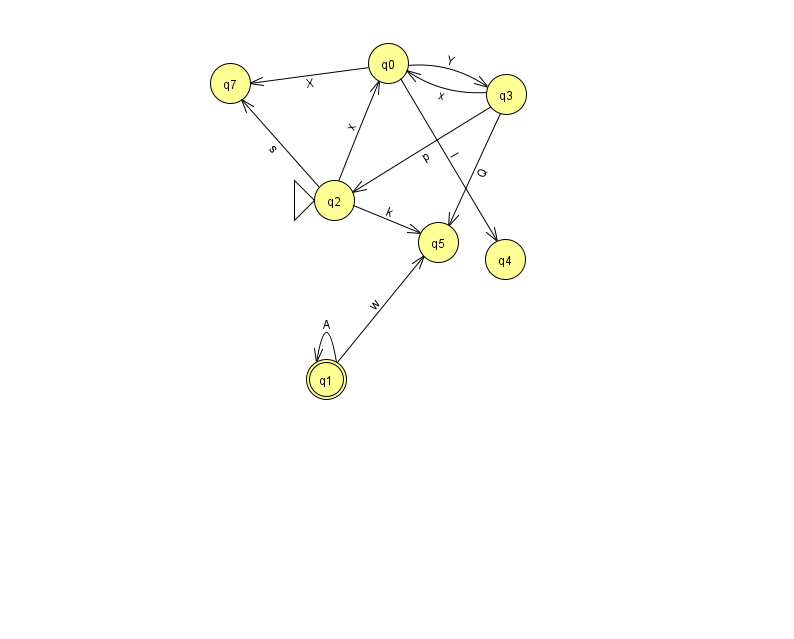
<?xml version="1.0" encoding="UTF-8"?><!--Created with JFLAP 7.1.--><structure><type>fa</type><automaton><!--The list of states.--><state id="0" name="q0"><x>388.0</x><y>50.0</y></state><state id="1" name="q1"><x>326.0</x><y>366.0</y><final/></state><state id="2" name="q2"><x>334.0</x><y>187.0</y><initial/></state><state id="3" name="q3"><x>506.0</x><y>81.0</y></state><state id="4" name="q4"><x>505.0</x><y>246.0</y></state><state id="5" name="q5"><x>438.0</x><y>229.0</y></state><state id="7" name="q7"><x>230.0</x><y>70.0</y></state><!--The list of transitions.--><transition><from>1</from><to>1</to><read>A</read></transition><transition><from>3</from><to>2</to><read>p</read></transition><transition><from>3</from><to>0</to><read>x</read></transition><transition><from>3</from><to>5</to><read>Q</read></transition><transition><from>0</from><to>3</to><read>Y</read></transition><transition><from>2</from><to>0</to><read>x</read></transition><transition><from>2</from><to>7</to><read>s</read></transition><transition><from>0</from><to>4</to><read>l</read></transition><transition><from>0</from><to>7</to><read>X</read></transition><transition><from>1</from><to>5</to><read>w</read></transition><transition><from>2</from><to>5</to><read>k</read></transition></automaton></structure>